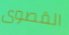
القصوى